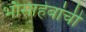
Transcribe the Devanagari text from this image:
भौसाहेबांची